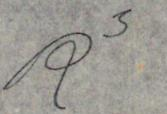
R3